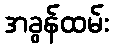
အခွန်ထမ်း